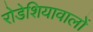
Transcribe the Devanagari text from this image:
रोडेशियावालों